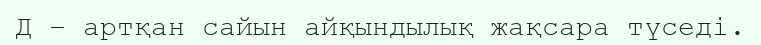
Д – артқан сайын айқындылық жақсара түседі.